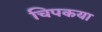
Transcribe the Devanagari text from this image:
चिपकया